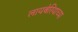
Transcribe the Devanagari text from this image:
लायबेरियाच्या